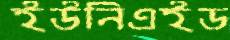
ইউনিএইড